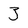
Character: 3